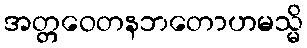
အတ္တဝေတနဘတောဟမသ္မိ